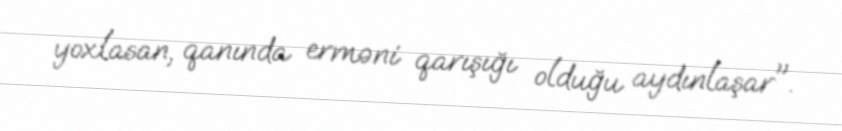
yoxlasan, qanında erməni qarışığı olduğu aydınlaşar".